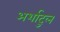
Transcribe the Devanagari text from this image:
अर्शादुल